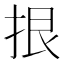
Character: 拫